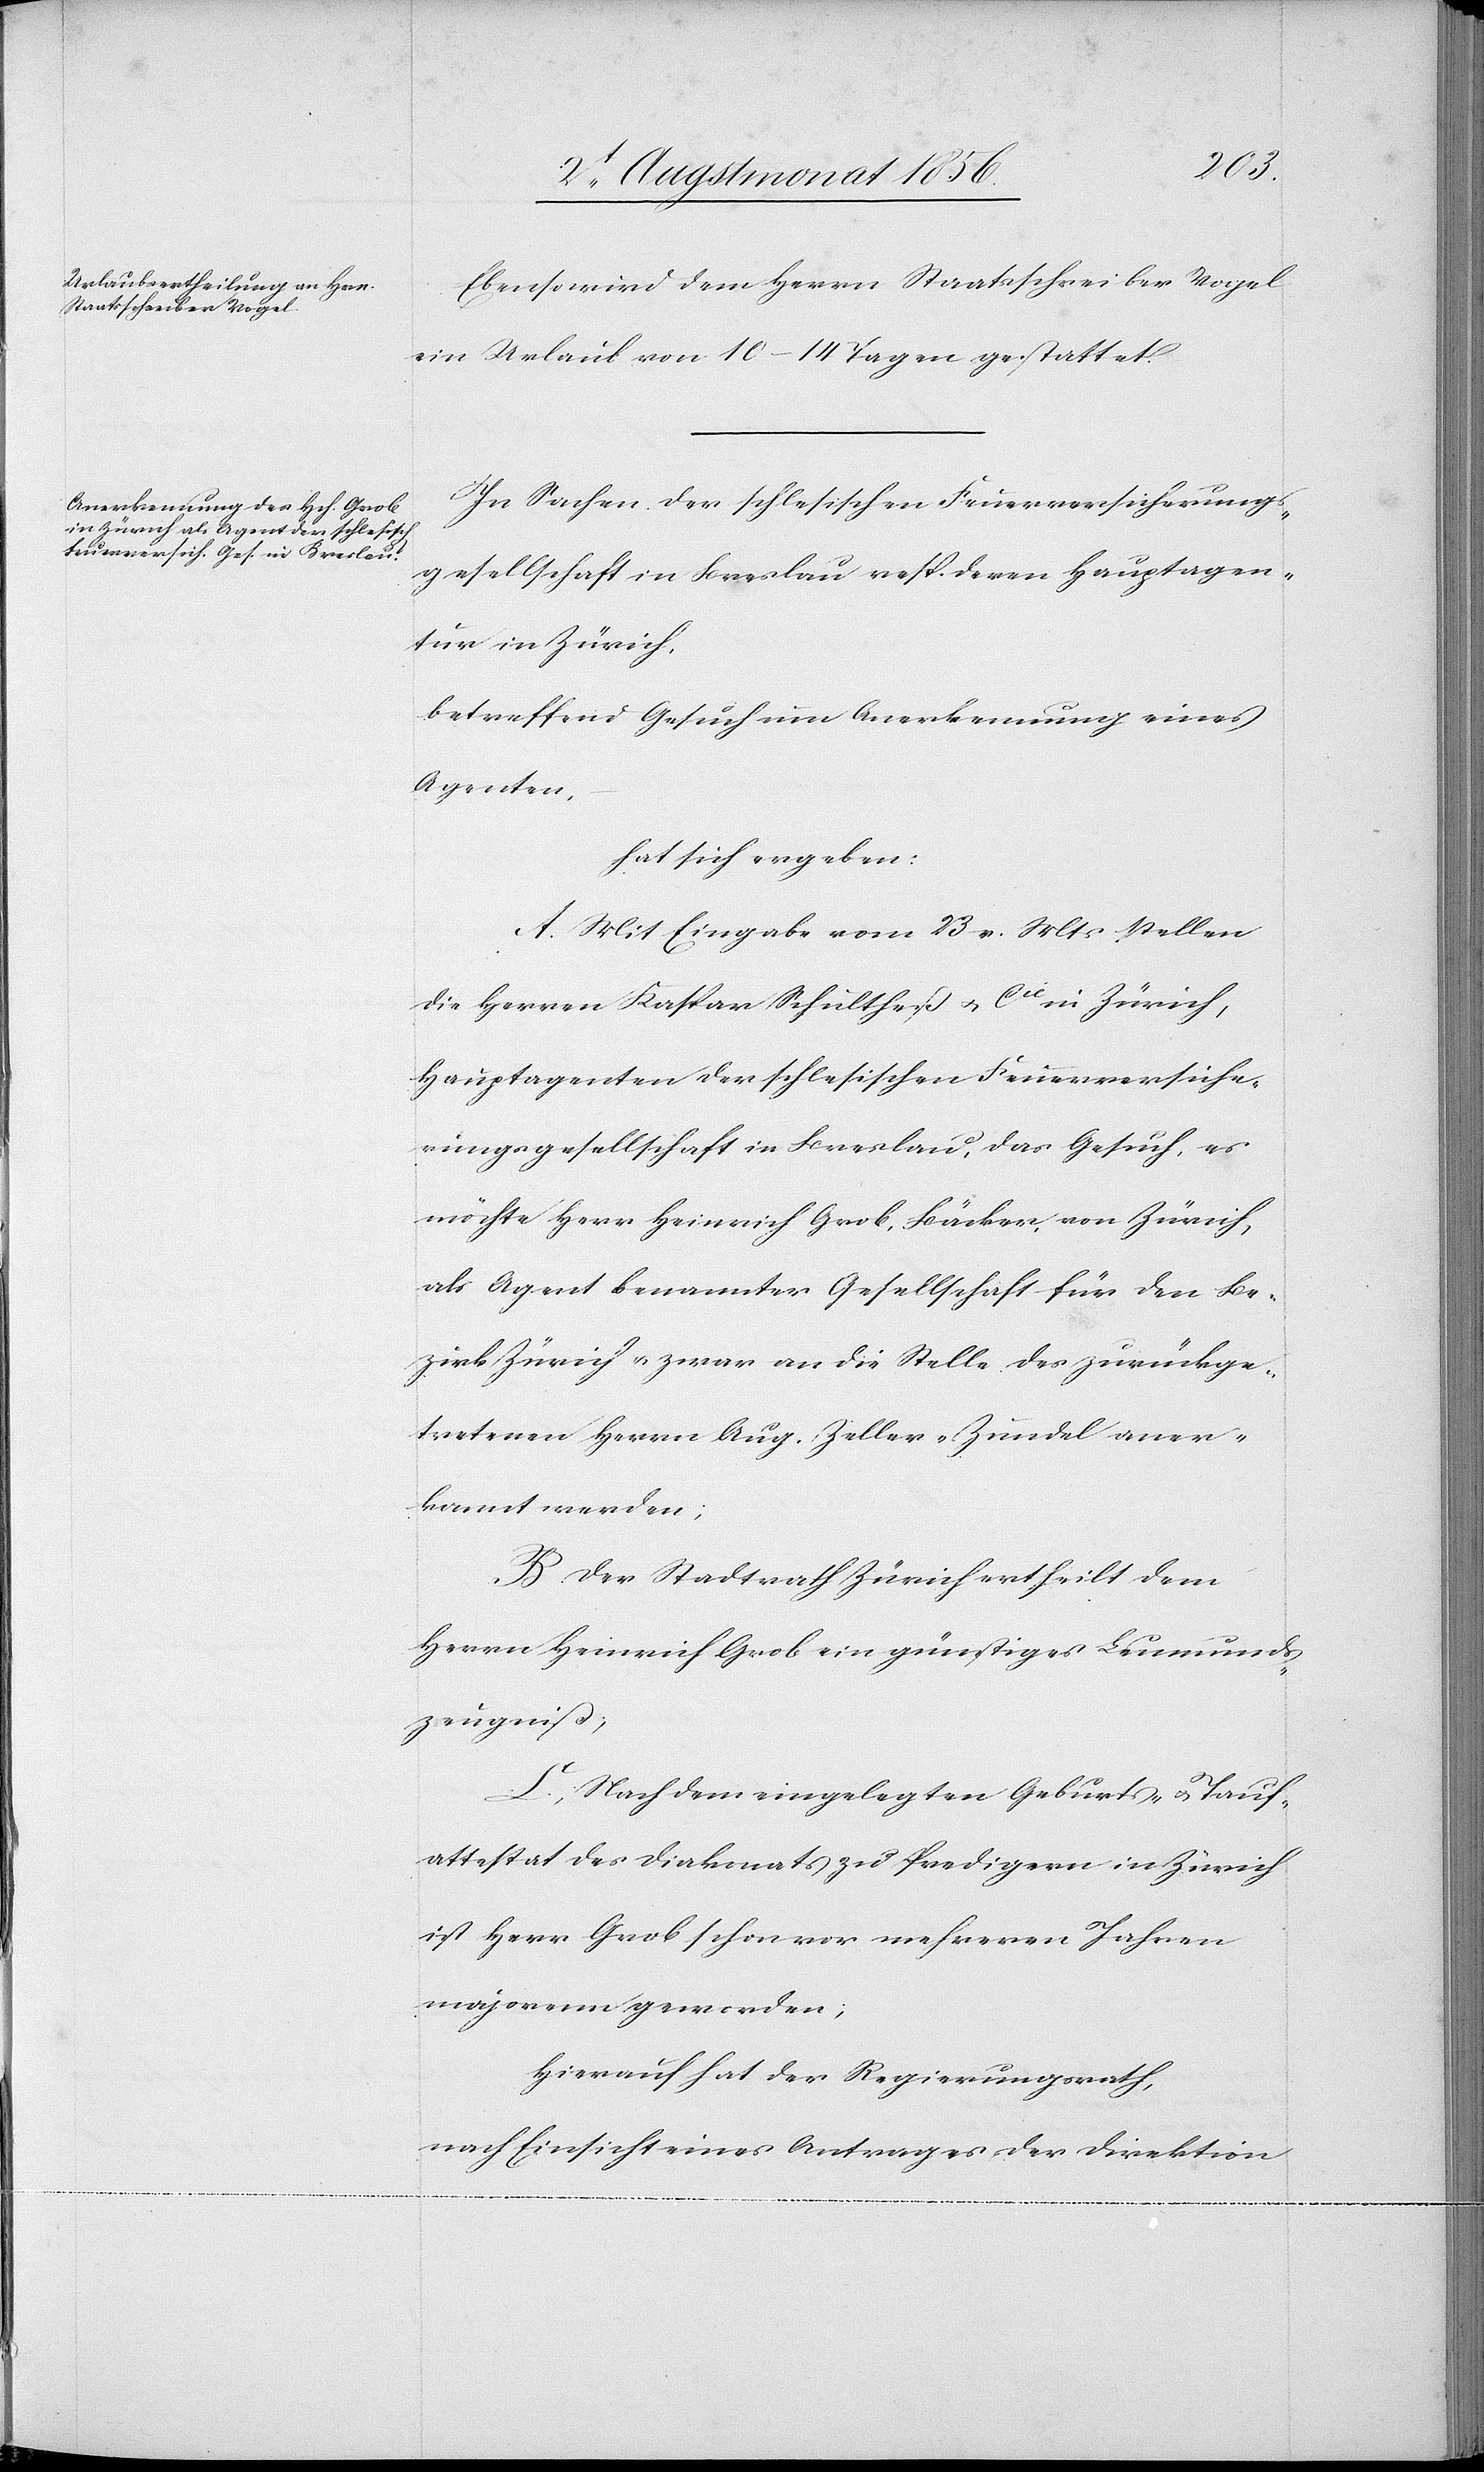
Ebenso wird dem Herrn Staatsschreiber Vogel
ein Urlaub von 10–14 Tagen gestattet.
In Sachen der schlesischen Feuerversicherungs¬
gesellschaft in Breslau resp. deren Hauptagen¬
tur in Zürich,
betreffend Gesuch um Anerkennung eines
Agenten,
hat sich ergeben:
A. Mit Eingabe vom 23 v. Mts stellen
die Herren Kaspar Schultheß u. Cie in Zürich,
Hauptagenten der schlesischen Feuerversiche¬
rungsgesellschaft in Breslau, das Gesuch, es
möchte Herr Heinrich Grob, Bäcker, von Zürich,
als Agent benannter Gesellschaft für den Be¬
zirk Zürich u. zwar an die Stelle des zurückge¬
tretenen Herrn Aug. Zeller-Zundel aner¬
kannt werden;
B. Der Stadtrath Zürich ertheilt dem
Herrn Heinrich Grob ein günstiges Leumunds¬
zeugniß;
C. Nachdem eingelegten Geburts- u. Tauf¬
attestat des Diakonats zu Predigern in Zürich
ist Herr Grob schon vor mehreren Jahren
majorenn geworden;
Hierauf hat der Regierungsrath,
nach Einsicht eines Antrages der Direktion